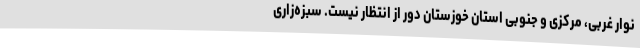
نوار غربی، مرکزی و جنوبی استان خوزستان دور از انتظار نیست. سبزه‌زاری